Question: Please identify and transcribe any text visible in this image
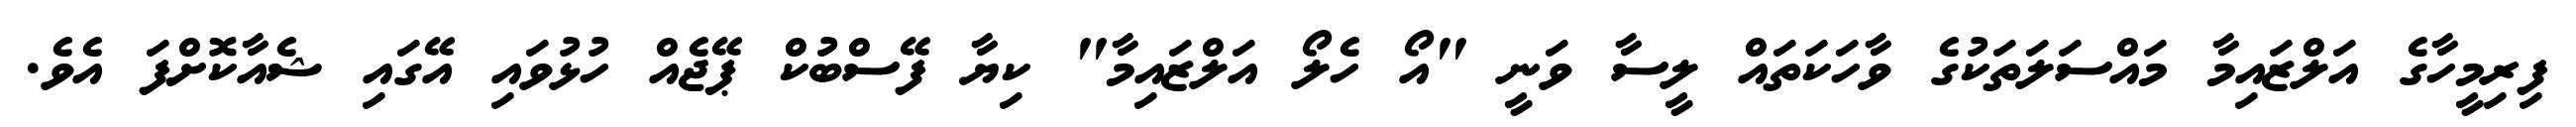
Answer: ފިރިމީހާގެ އަލްޒައިމާ މައްސަލަތަކުގެ ވާހަކަތައް ލީސާ ވަނީ "އޯ ހެލޯ އަލްޒައިމާ" ކިޔާ ފޭސްބުކް ޕޭޖެއް ހުޅުވައި އޭގައި ޝެއާކޮށްފަ އެވެ.